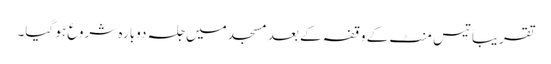
تقریباً تیس منٹ کے وقفہ کے بعد مسجد میں جلسہ دوبارہ شروع ہو گیا۔